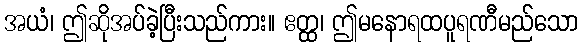
အယံ၊ ဤဆိုအပ်ခဲ့ပြီးသည်ကား။ ဧတ္ထ၊ ဤမနောရထပူရဏီမည်သော